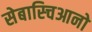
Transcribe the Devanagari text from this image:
सेबास्चिआनो